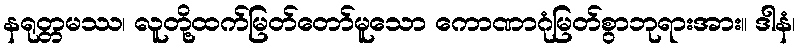
နရုတ္တမဿ၊ လူတို့ထက်မြတ်တော်မူသော ကောဏာဂုံမြတ်စွာဘုရားအား။ ဒါနံ၊